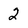
Character: 2